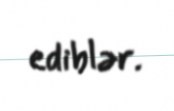
ediblər.